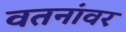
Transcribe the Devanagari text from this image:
वतनांवर